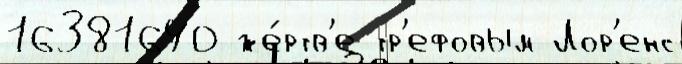
16381640 же́ртв'е тр'ефовым Лор'енс